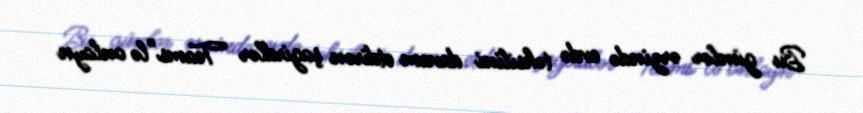
Bu günlər ərzində evdə təhsilini davam etdirən şagirdlər “Teams”lə onlayn